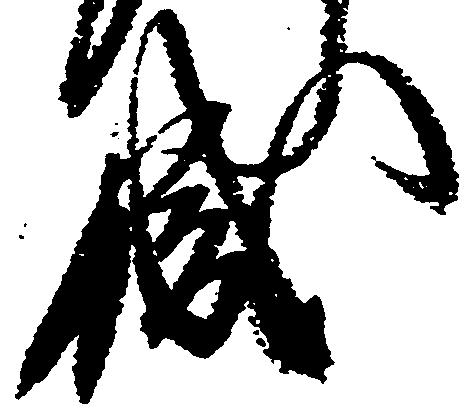
職